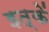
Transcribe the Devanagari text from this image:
इत्कें